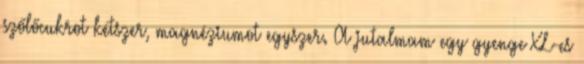
szőlőcukrot kétszer, magnéziumot egyszer. A jutalmam egy gyenge XL-es